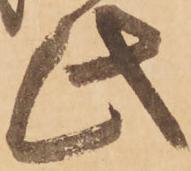
此